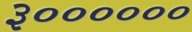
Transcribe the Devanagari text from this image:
३००००००